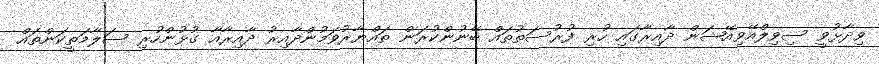
ވިދާޅުވީ ސިވިލްއޭވިއޭޝަން ދާއިރާގައި ހުރި ފުރުސަތުތައް ބޭނުންކުރަން ތައްޔާރުވަމުންދާއިރު ދާއިރާއާ ގުޅުންހުރި ސަލާމަތީކަންތައް